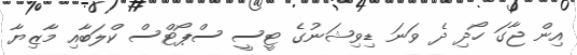
އިން ޖާގަ ހޯދި ދެ ވަނަ ޑިވިޝަނުގެ ޓީސީ ސްޕޯޓްސް ކްލަބާއި މާޒިޔާ